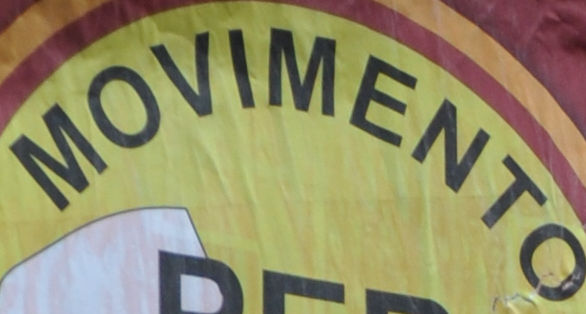
MOVIMENTO